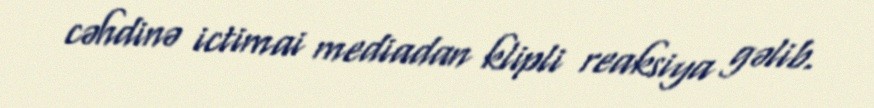
cəhdinə ictimai mediadan klipli reaksiya gəlib.